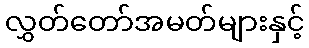
လွှတ်တော်အမတ်များနှင့်